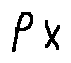
p _ { x }